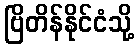
ဗြိတိန်နိုင်ငံသို့